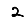
Digit: 2